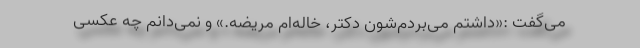
می‌گفت :«داشتم می‌بردم‌شون دکتر، خاله‌ام مریضه.» و نمی‌دانم چه عکسی